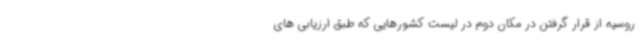
روسیه از قرار گرفتن در مکان دوم در لیست کشورهایی که طبق ارزیابی های